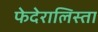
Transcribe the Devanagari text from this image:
फेदेरालिस्ता